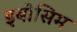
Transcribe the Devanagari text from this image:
इबोसिम